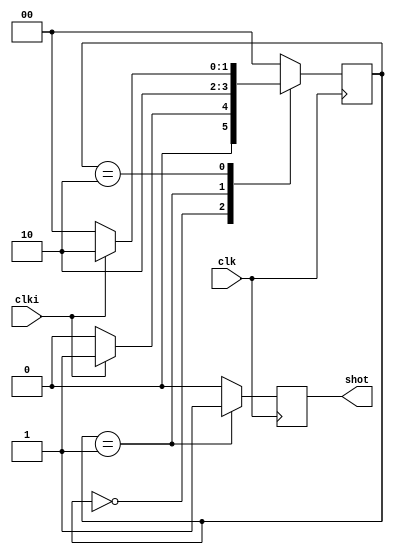
module oneshot(clki,clk,shot);
	input clki,clk;
	output reg shot;
	reg [1:0] ns;
	reg [1:0] cs;
	
always@(cs or clki)
begin
	case(cs)
		2'b00:
		begin
			if(clki)
				ns = 2'b01;
			else
				ns = 2'b00;
		end
			  
		2'b01:
		begin
			 ns = 2'b10;
		end
			  
		2'b10:
		begin
			if(clki)
				ns = 2'b10;
			else
				ns = 2'b00;      
		end
				
		default:
			begin
			ns = 2'b00;      
			end
	endcase
end



always@(posedge clk)
	begin
		cs<=ns;
	end



always@(posedge clk)
begin
	case(cs)
		2'b00:
			begin
      shot = 0;
			end
      
		2'b01:
			begin
      shot = 1;
			end
      
		2'b10:
			begin
      shot = 0;
			end

		default:
			begin
      shot = 0;
			end
	endcase
end

endmodule